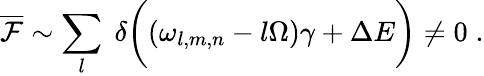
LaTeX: \overline{{{\cal F}}}\sim\sum_{l}\; \delta\biggl((\omega_{l,m,n}-l\Omega)\gamma+\Delta E\biggr)\neq 0\; .